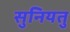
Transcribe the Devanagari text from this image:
सुनियतु